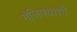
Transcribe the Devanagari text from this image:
गंजिफ्याशी